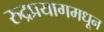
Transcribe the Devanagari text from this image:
रुद्रप्रयागमधून